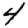
Digit: 4